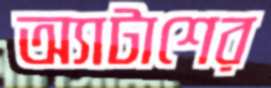
অ্যাটাশের